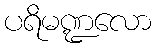
ပရိမဏ္ဍလော